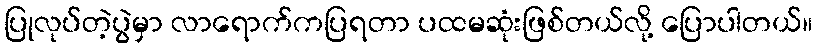
ပြုလုပ်တဲ့ပွဲမှာ လာရောက်ကပြရတာ ပထမဆုံးဖြစ်တယ်လို့ ပြောပါတယ်။